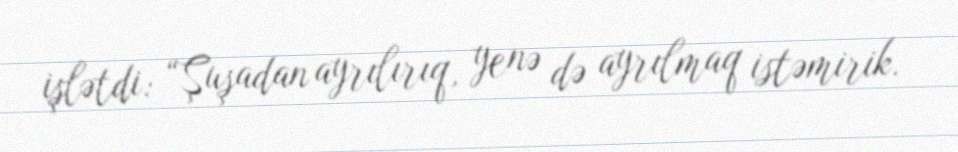
işlətdi: “Şuşadan ayrılırıq, yenə də ayrılmaq istəmirik.